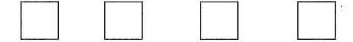
$$\Box \Box \Box \Box $$